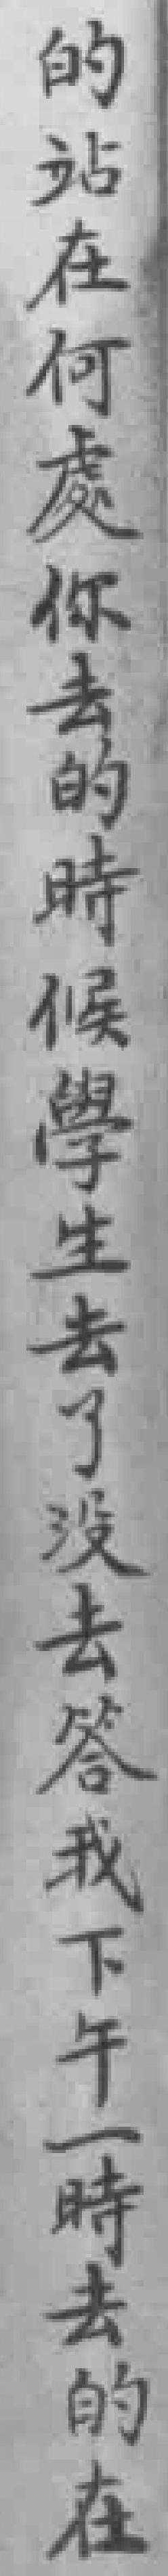
的站在何處你去的時候學生去了没去答我下午一時去的在